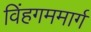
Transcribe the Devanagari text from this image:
विंहगममार्ग